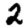
Digit: 2